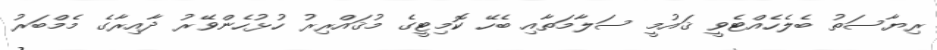
ރިޔާސަތު ބެލެހެއްޓެވީ ޤައުމީ ސަލާމަތާއި ބެހޭ ކޮމިޓީގެ މުޤައްރިރު ހުޅުހެންވޭރު ދާއިރާގެ މެމްބަރު